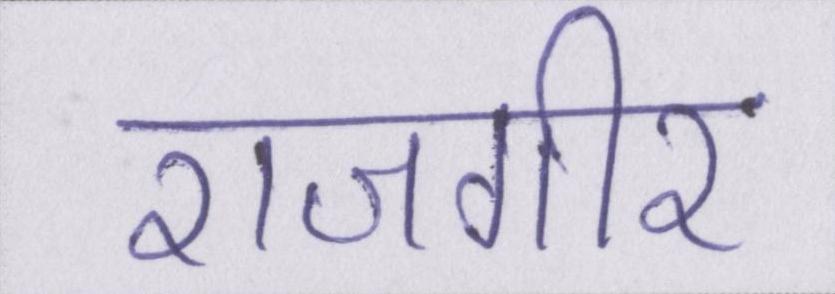
राजगीर